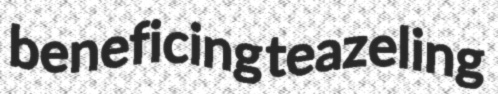
beneficing teazeling